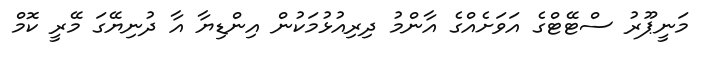
މަނީޕޫރު ސްޓޭޓްގެ އަވަށެއްގެ އާންމު ދިރިއުޅުމަކުން އިންޑިޔާ އާ ދުނިޔޭގަ މޭރީ ކޮމް